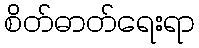
စိတ်ဓာတ်ရေးရာ